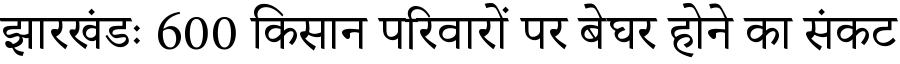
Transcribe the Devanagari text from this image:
झारखंडः 600 किसान परिवारों पर बेघर होने का संकट